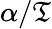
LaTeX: \alpha{}/\mathfrak{T}